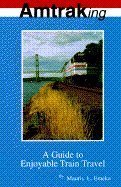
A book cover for Amtraking: A Guide to Enjoyable Train Travel; Mauris L. Emeka; Travel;